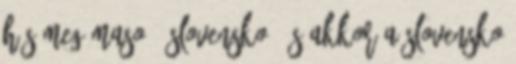
hús meg maso ? slovensko, és akkor a Slovensko